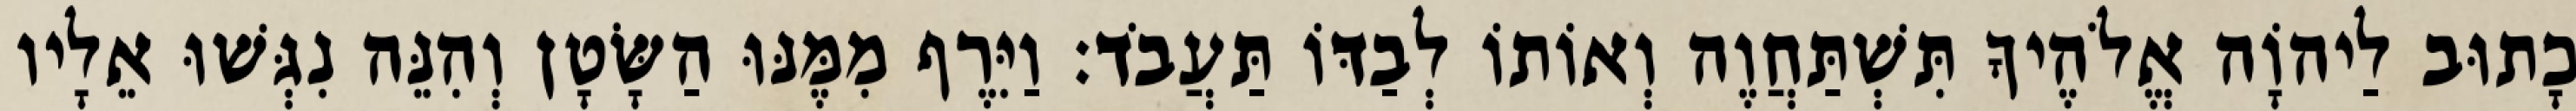
כָתוּב לַיהוָֹה אֱלֹהֶיךָ תִּשְׁתַּחֲוֶה וְאוֹתוֹ לְבַדּוֹ תַּעֲבֹד׃ וַיִּרֶף מִמֶּנּוּ הַשָּׂטָן וְהִנֵּה נִגְּשׁוּ אֵלָיו